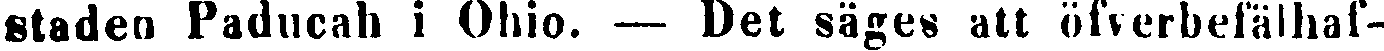
staden Paducah i Ohio. — Det säges att öfverbefälhaf-